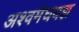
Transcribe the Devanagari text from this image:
अश्वमेघयज्ञ